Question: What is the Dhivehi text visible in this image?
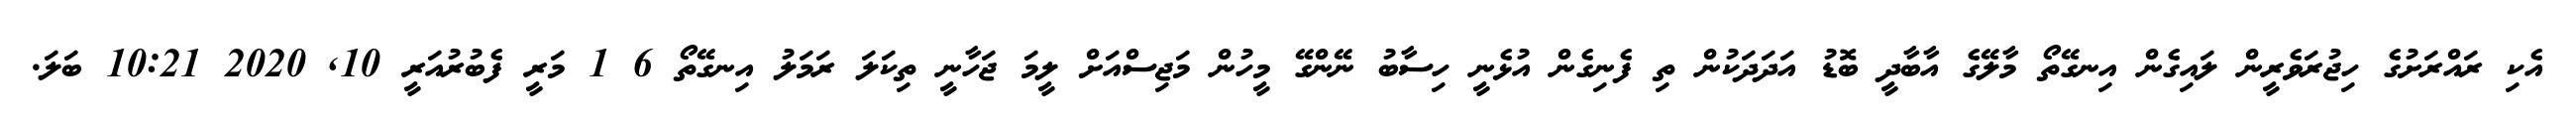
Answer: އެކި ރައްރަށުގެ ހިޖުރަވެރީން ލައިގެން އިނގޭތޯ މާލޭގެ އާބާދީ ބޮޑު އަދަދަކުން ތި ފެނިގެން އުޅެނީ ހިސާބު ނޭންގޭ މީހުން މަޖިސްއަށް ލީމަ ޖަހާނީ ތިކަލަ ރަމަލު އިނގޭތޯ 6 1 މަރީ ފެބުރުއަރީ 10, 2020 10:21 ބަލަ.